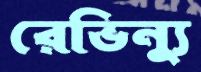
রেভিন্যু